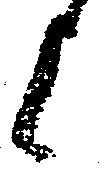
上